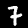
Label: 7